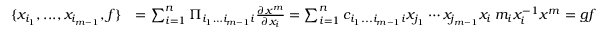
\begin{array} { r l } { \{ x _ { i _ { 1 } } , . . . , x _ { i _ { m - 1 } } , f \} } & { = \sum _ { i = 1 } ^ { n } \Pi _ { i _ { 1 } \dots i _ { m - 1 } i } { \frac { \partial \boldsymbol x ^ { \boldsymbol m } } { \partial x _ { i } } } = \sum _ { i = 1 } ^ { n } c _ { i _ { 1 } . . . i _ { m - 1 } i } x _ { j _ { 1 } } \cdots x _ { j _ { m - 1 } } x _ { i } \: m _ { i } x _ { i } ^ { - 1 } \boldsymbol x ^ { \boldsymbol m } = g f } \end{array}